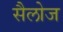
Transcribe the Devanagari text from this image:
सैलोज